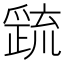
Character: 𭶷